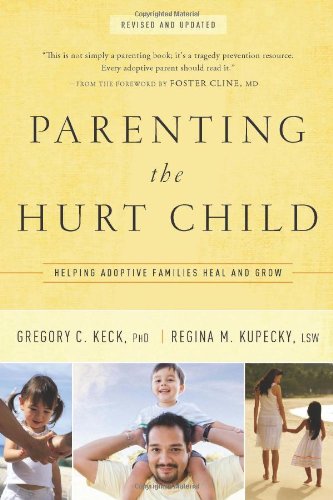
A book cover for Parenting the Hurt Child: Helping Adoptive Families Heal and Grow; Gregory Keck; Parenting & Relationships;